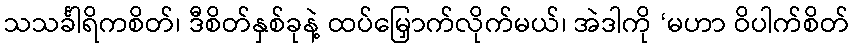
သသင်္ခါရိကစိတ်၊ ဒီစိတ်နှစ်ခုနဲ့ ထပ်မြှောက်လိုက်မယ်၊ အဲဒါကို ‘မဟာ ဝိပါက်စိတ်